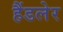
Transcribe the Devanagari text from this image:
हैंडलेर